Indian journal of veterinary science and animal husbandry - Volumes 24-25, 1954-1955
Year: 1954
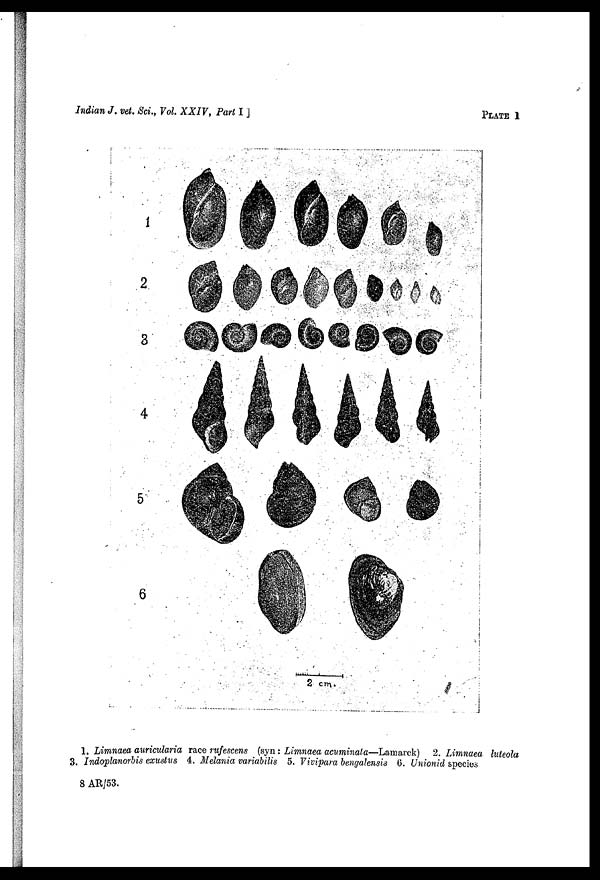
Indian J. vet. Sci., Vol. XXIV, Part
I]
PLATE
1
1. Limnaea auricularia race rufescens (syn: Limnaea acuminata—Lamarck) 2. Limnaea luteola
3. Indoplanorbis exustus 4. Melania variabilis 5. Vivipara bengalensis 6. Unionid species
8 AR/53.